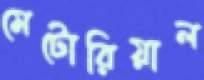
মেটোরিয়াল